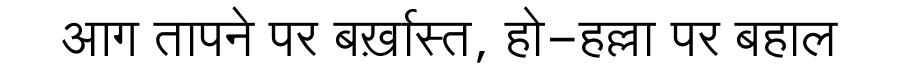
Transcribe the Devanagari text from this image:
आग तापने पर बर्ख़ास्त, हो-हल्ला पर बहाल